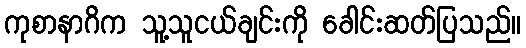
ကုစာနာဂိက သူ့သူငယ်ချင်းကို ခေါင်းဆတ်ပြသည်။